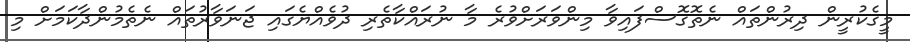
މީގެކުރީން ދިރުންތައް ނެތޮގޮސްފައިވާ މިިންވަރަށްވުރެ މާ ނުރައްކާތެރި ދުވެއްޔެގައި ޖަނަވާރުތައް ނެތެމުންދާކަމަށް މި